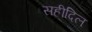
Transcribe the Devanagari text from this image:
सहीदिल